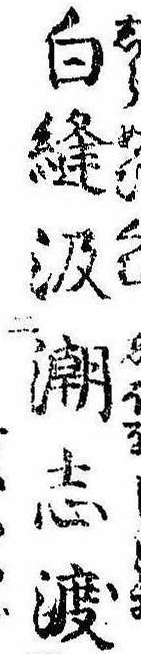
白縫汲潮志渡